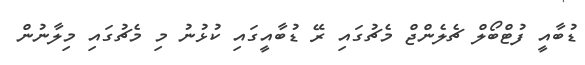
ޑުބާއީ ފުޓްބޯލް ޗެލެންޖް މެޗުގައި ރޭ ޑުބާއީގައި ކުޅުނު މި މެޗުގައި މިލާނުން